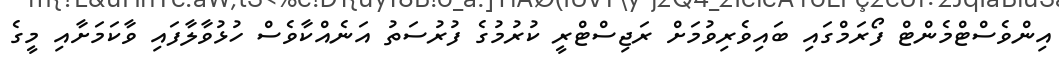
އިންވެސްޓްމެންޓް ފޯރަމްގައި ބައިވެރިވުމަށް ރަޖިސްޓްރީ ކުރުމުގެ ފުރުސަތު އަނެއްކާވެސް ހުޅުވާލާފައި ވާކަމަށާއި މީގެ